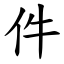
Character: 件